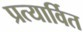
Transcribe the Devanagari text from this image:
प्रत्यार्वित